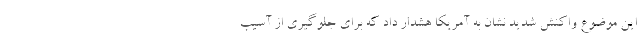
این موضوع واکنش شدید نشان به آمریکا هشدار داد که برای جلوگیری از آسیب